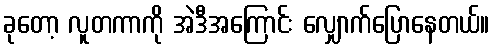
ခုတော့ လူတကာကို အဲဒီအကြောင်း လျှောက်ပြောနေတယ်။